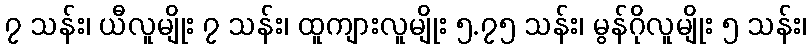
၇ သန်း၊ ယီလူမျိုး ၇ သန်း၊ ထူကျားလူမျိုး ၅.၇၅ သန်း၊ မွန်ဂိုလူမျိုး ၅ သန်း၊